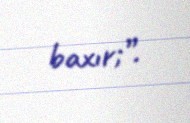
baxır;”.